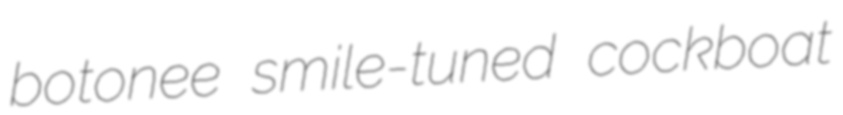
botonee smile-tuned cockboat